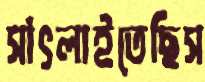
সাঁৎলাইতেছিস